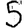
Digit: 5